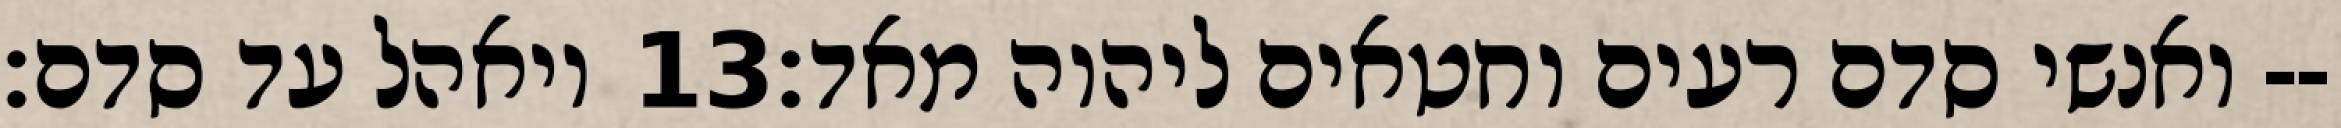
ויאהל עד סדם׃ ‎13‏ ואנשי סדם רעים וחטאים ליהוה מאד׃--